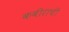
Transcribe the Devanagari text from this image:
कबीराची